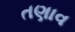
તણાવ